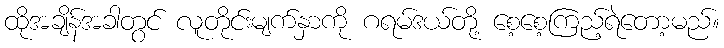
ထိုအချိန်အခါတွင် လူတိုင်းမျက်နှာကို ဂရမ်ဒယ်တို့ စေ့စေ့ကြည့်ရဲတော့မည်။